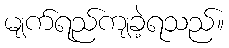
မျက်ရည်ကျခဲ့ရသည်။